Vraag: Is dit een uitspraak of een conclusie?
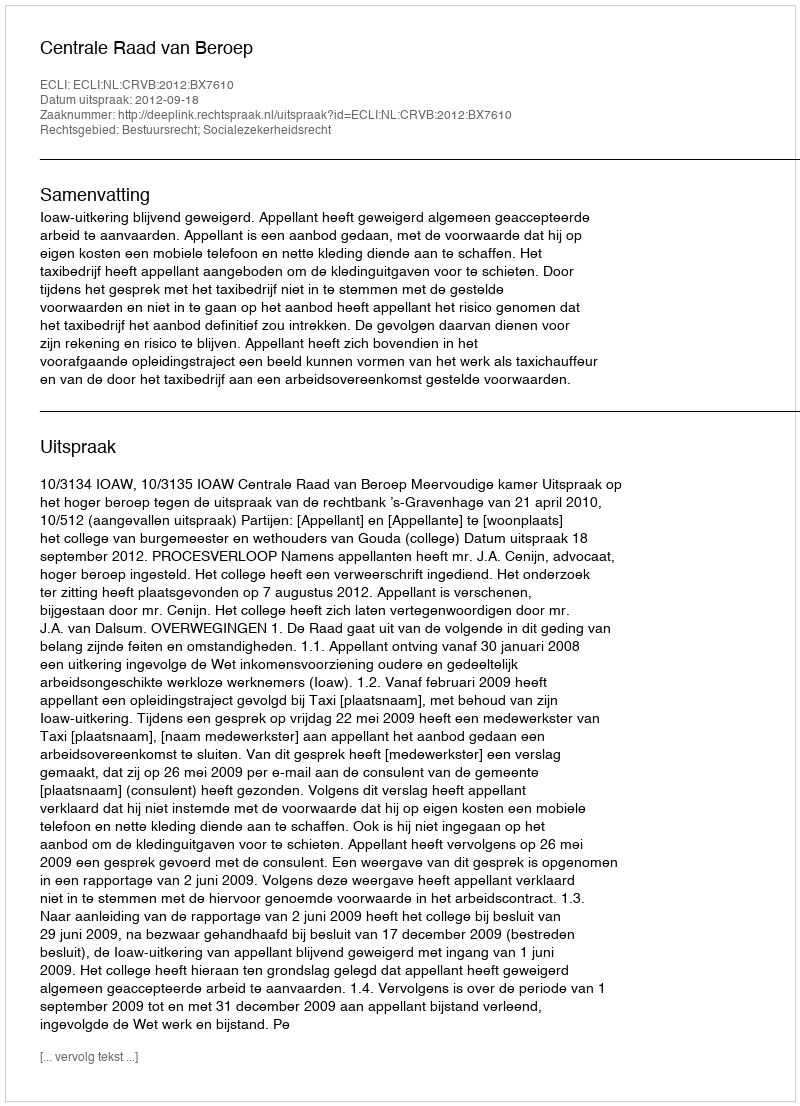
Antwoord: Uitspraak